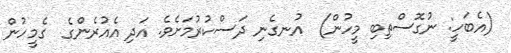
(އެބަހީ: ނުގޮސްތިބި މީހުން)  އުނގެނި ދަސްކުރުމަށެވެ. އަދި އެއުރެންގެ  ގެމީހުން